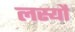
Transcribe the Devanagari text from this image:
लस्यौ